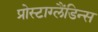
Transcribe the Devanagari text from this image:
प्रोस्टाग्लैंडिन्स